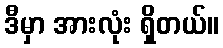
ဒီမှာ အားလုံး ရှိတယ်။